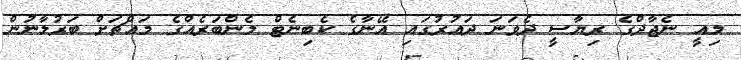
މިއީ ނެޖާދްގެ ރިޔާސީ ދެވަނަ ދައުރުގައި އޭނާގެ ކެބިނެޓް މެންބަރެއްގެ މައްޗަށް ބަރުލާނުން